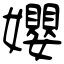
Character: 孆